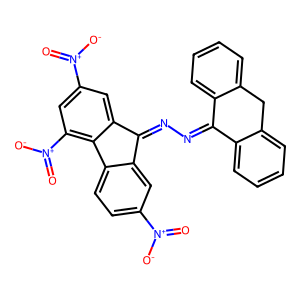
SMILES: O=[N+]([O-])c1ccc2c(c1)C(=NN=C1c3ccccc3Cc3ccccc31)c1cc([N+](=O)[O-])cc([N+](=O)[O-])c1-2
Inhibits HIV replication: No